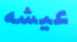
عيشه